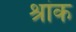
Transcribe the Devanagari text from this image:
श्रांक